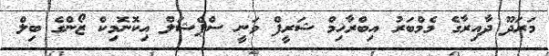
މަރަދޫ ދާއިރާގެ މެމްބަރު އިބްރާހިމް ޝަރީފް ވަނީ ސްޕެޝަލް އިކޮނޮމިކް ޒޯންގެ ބިލް